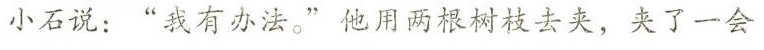
小石说：”我有办法。”他用两根树枝去夹，夹了一会